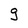
Character: g